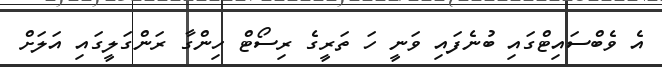
އެ ވެބްސައިޓްގައި ބުނެފައި ވަނީ ހަ ތަރީގެ ރިސޯޓް ހިންގާ ރަންގަލީގައި އަލަށް